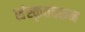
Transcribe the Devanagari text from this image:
संस्कृतवरून